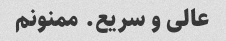
عالی و سریع. ممنونم